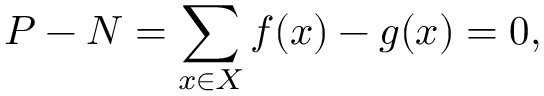
P - N = \sum _ { x \in X } f ( x ) - g ( x ) = 0 ,